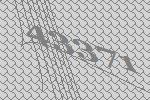
43371